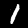
Label: 1